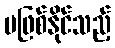
မဖြစ်နိုင်သည့်